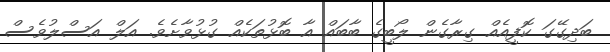
ބަދިގޭގަ ކޮފީއެއް ގިރާގެން ލޯބީގެ ބާބައް އާ ބޮޅުތަކެއް ގުޅުވާށެވެ. އަލް އަސްލުވެސް